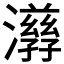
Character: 𤂇